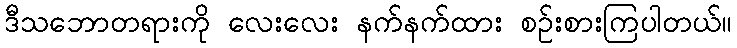
ဒီသဘောတရားကို လေးလေး နက်နက်ထား စဉ်းစားကြပါတယ်။